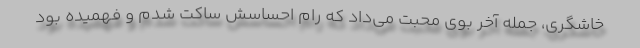
خاشگری، جمله آخر بوی محبت می‌داد که رام احساسش ساکت شدم و فهمیده بود